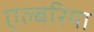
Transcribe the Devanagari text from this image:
एल्बरिया